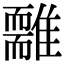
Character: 𩁃